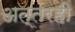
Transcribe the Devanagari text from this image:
अत्तरही